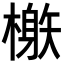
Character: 𣛘